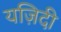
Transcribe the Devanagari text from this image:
यज़िदी